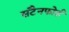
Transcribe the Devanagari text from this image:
सटैनफोर्ड